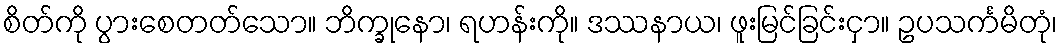
စိတ်ကို ပွားစေတတ်သော။ ဘိက္ခုနော၊ ရဟန်းကို။ ဒဿနာယ၊ ဖူးမြင်ခြင်းငှာ။ ဥပသင်္ကမိတုံ၊